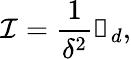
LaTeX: \mathcal I=\frac{1}{\delta^{2}}\mathbb{1}_{d},